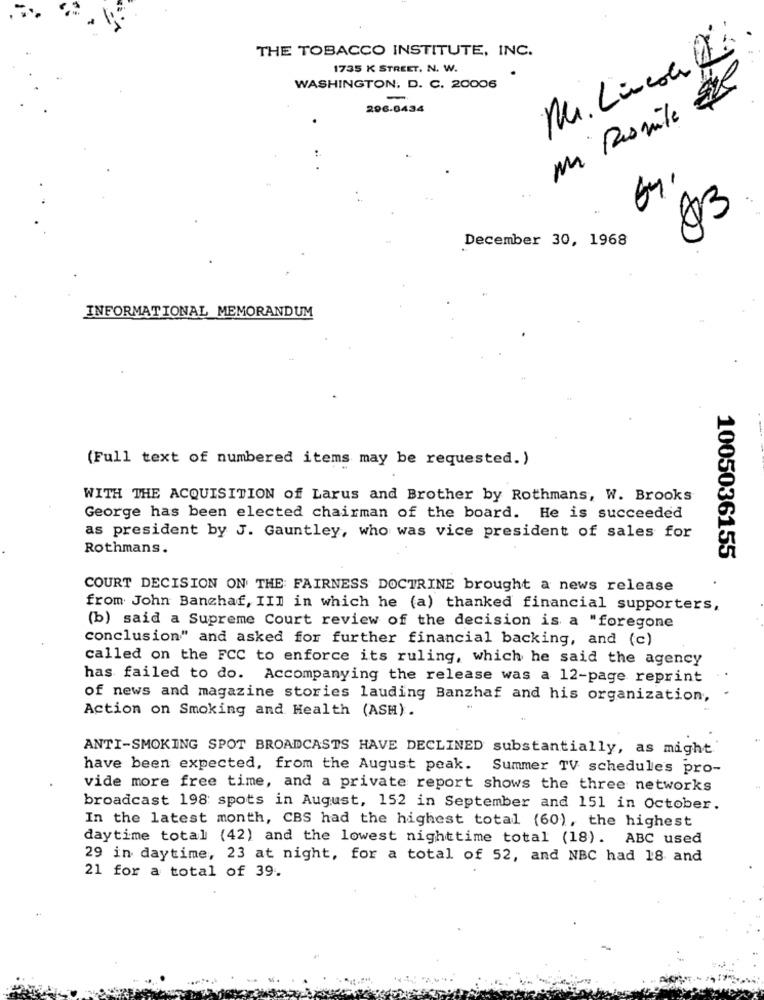
THE TOBACCO INSTITUTE, INC.
1735 K STREET. N. W.
Mr. Lincol
WASHINGTON, D. C. 20006
-
296.0434
Mi Promile
..
Q3
December 30, 1968
INFORMATIONAL MEMORANDUM
(Full text of numbered items may be requested. )
WITH THE ACQUISITION of Larus and Brother by Rothmans, W. Brooks
George has been elected chairman of the board. He is succeeded
as president by J. Gauntley, who was vice president of sales for
Rothmans.
1005036155
COURT DECISION ON THE: FAIRNESS DOCTRINE brought a news release
from John Banchaf, III in which he (a) thanked financial supporters,
(b) said a Supreme Court review of the decision is a "foregone
conclusion" and asked for further financial backing, and (c)
called on the FCC to enforce its ruling, which he said the agency
has failed to do. Accompanying the release was a 12-page reprint
of news and magazine stories lauding Banzhaf and his organization,
Action on Smoking and Health (ASH).
ANTI-SMOKING SPOT BROADCASTS HAVE DECLINED substantially, as might
have been expected, from the August peak. Summer TV schedules pro-
vide more free time, and a private report shows the three networks
broadcast 198 spots in August, 152 in September and 151 in October.
In the latest month, CBS had the highest total (60), the highest
daytime total (42) and the lowest nighttime total (18). ABC used
29 in daytime, 23 at night, for a total of 52, and NBC had 18 and
21 for a total of 39.